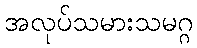
အလုပ်သမားသမဂ္ဂ